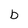
Character: b